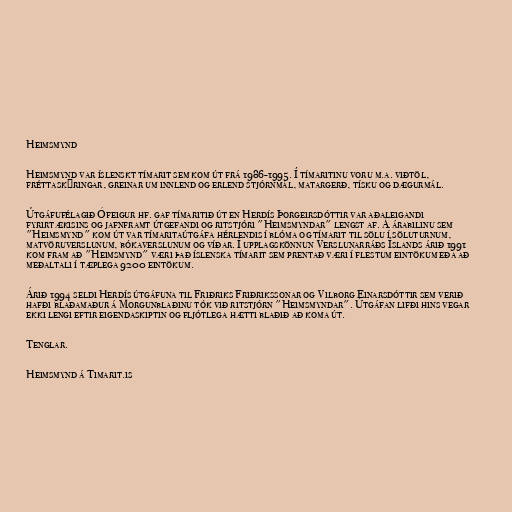
Heimsmynd

Heimsmynd var íslenskt tímarit sem kom út frá 1986-1995. Í tímaritinu voru m.a. viðtöl,
fréttaskýringar, greinar um innlend og erlend stjórnmál, matargerð, tísku og dægurmál.

Útgáfufélagið Ófeigur hf. gaf tímaritið út en Herdís Þorgeirsdóttir var aðaleigandi
fyrirtækisins og jafnframt útgefandi og ritstjóri "Heimsmyndar" lengst af. Á árabilinu sem
"Heimsmynd" kom út var tímaritaútgáfa hérlendis í blóma og tímarit til sölu í söluturnum,
matvöruverslunum, bókaverslunum og víðar. Í upplagskönnun Verslunarráðs Íslands árið 1991
kom fram að "Heimsmynd" væri það íslenska tímarit sem prentað væri í flestum eintökum eða að
meðaltali í tæplega 9200 eintökum.

Árið 1994 seldi Herdís útgáfuna til Friðriks Friðrikssonar og Vilborg Einarsdóttir sem verið
hafði blaðamaður á Morgunblaðinu tók við ritstjórn "Heimsmyndar". Útgáfan lifði hins vegar
ekki lengi eftir eigendaskiptin og fljótlega hætti blaðið að koma út.

Tenglar.

Heimsmynd á Timarit.is